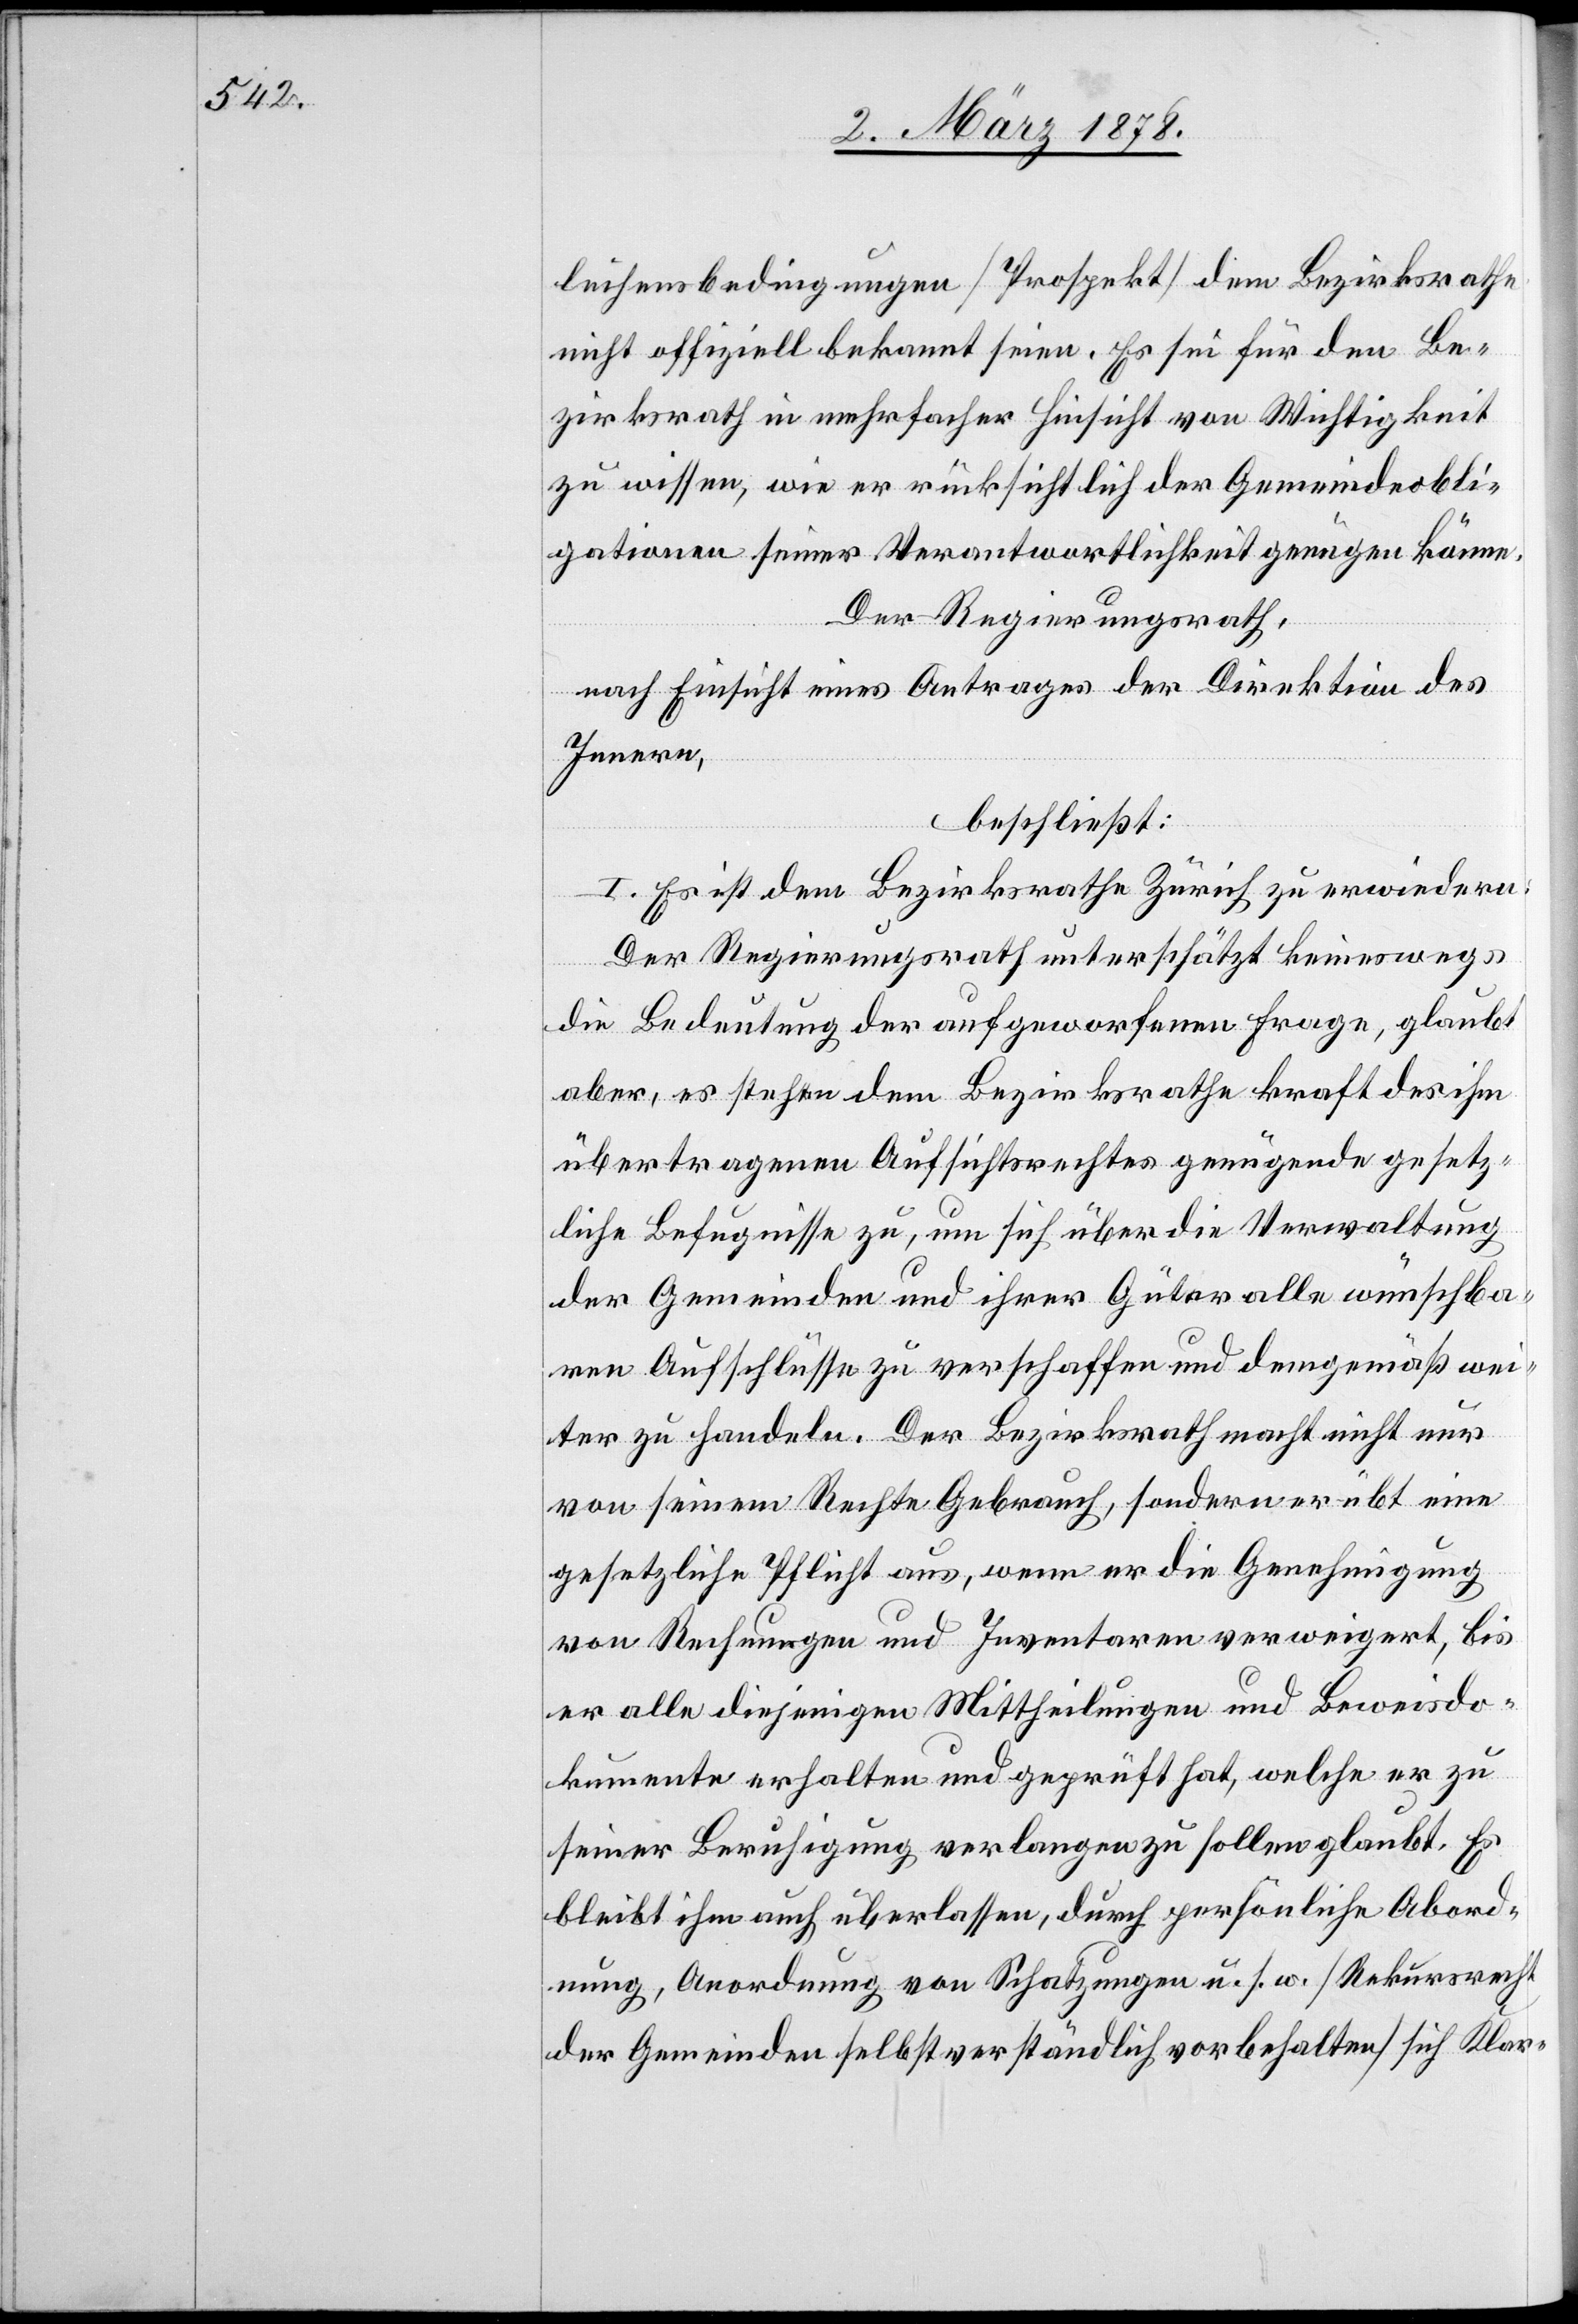
leihensbedingungen (Prospekt) dem Bezirksrathe
nicht offiziell bekannt seien. Es sei für den Be¬
zirksrath in mehrfacher Hinsicht von Wichtigkeit
zu wissen, wie er rücksichtlich der Gemeindeobli¬
gationen seiner Verantwortlichkeit genügen könne.
Der Regierungsrath,
nach Einsicht eines Antrages der Direktion des
Innern,
beschließt:
I. Es ist dem Bezirksrathe Zürich zu erwiedern:
Der Regierungsrath unterschätzt keineswegs
die Bedeutung der aufgeworfenen Frage, glaubt
aber, es stehen dem Bezirksrathe kraft des ihm
übertragenen Aufsichtsrechtes genügende gesetz¬
liche Befugnisse zu, um sich über die Verwaltung
der Gemeinden und ihrer Güter alle wünschba¬
ren Aufschlüsse zu verschaffen und demgemäß wei¬
ter zu handeln. Der Bezirksrath macht nicht nur
von seinem Rechte Gebrauch, sondern er übt eine
gesetzliche Pflicht aus, wenn er die Genehmigung
von Rechnungen und Inventaren verweigert, bis
er alle diejenigen Mittheilungen und Beweisdo¬
kumente erhalten und geprüft hat, welche er zu
seiner Beruhigung verlangen zu sollen glaubt. Es
bleibt ihm auch überlassen, durch persönliche Abord¬
nung, Anordnung von Schatzungen u. s. w. (Rekursrecht
der Gemeinden selbstverständlich vorbehalten) sich Klar-